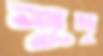
শূদ্